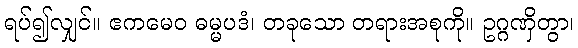
ရပ်၍လျှင်။ ဧကမေဝ ဓမ္မပဒံ၊ တခုသော တရားအစုကို။ ဥဂ္ဂဏှိတွာ၊